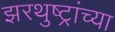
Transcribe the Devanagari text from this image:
झरथुष्ट्रांच्या